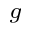
^ g